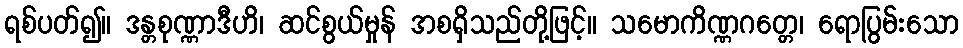
ရစ်ပတ်၍။ ဒန္တစုဏ္ဏာဒီဟိ၊ ဆင်စွယ်မှုန် အစရှိသည်တို့ဖြင့်။ သမောကိဏ္ဏဂတ္တေ၊ ရောပြွမ်းသော